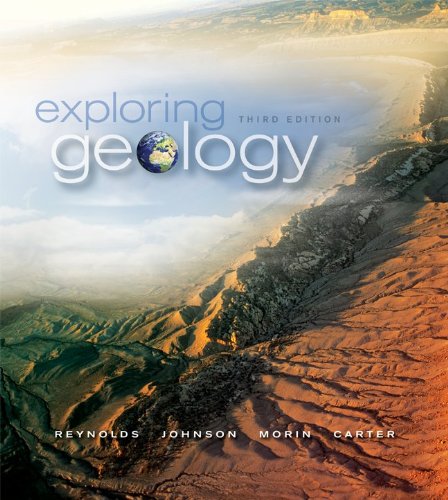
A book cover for Exploring Geology; Stephen Reynolds; Science & Math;